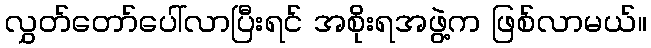
လွှတ်တော်ပေါ်လာပြီးရင် အစိုးရအဖွဲ့က ဖြစ်လာမယ်။